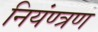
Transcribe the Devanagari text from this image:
नियंण्त्रण